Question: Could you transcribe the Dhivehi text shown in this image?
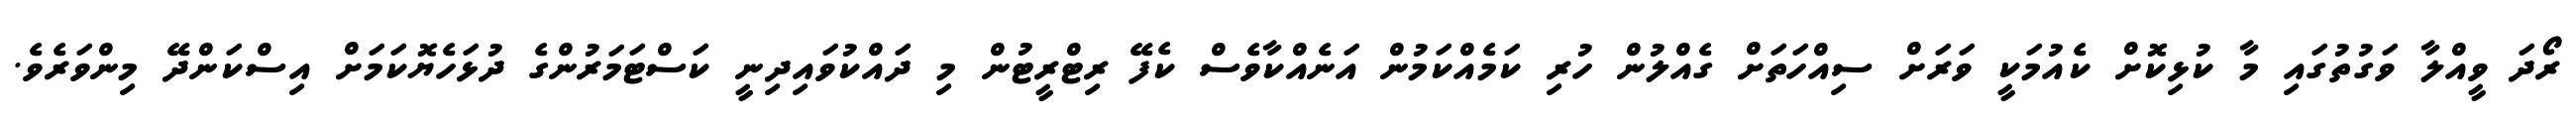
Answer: ރޯދަ ވީއްލާ ވަގުތުގައި މާ ކުޅިކޮށް ކެއުމަކީ ވަރަށް ސިއްހަތަށް ގެއްލުން ހުރި ކަމެއްކަމުން އަނެއްކާވެސް ކެފޭ ރިޓްރީޓުން މި ދައްކުވައިދިނީ ކަސްޓަމަރުންގެ ދުޅަހެޔޮކަމަށް އިސްކަންދޭ މިންވަރެވެ.